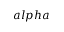
a l p h a